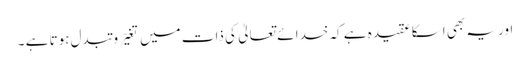
اور یہ بھی اسکا عقیدہ ہے کہ خدا ئے تعالیٰ کی ذات میں تغیّر و تبدل ہوتا ہے ۔